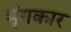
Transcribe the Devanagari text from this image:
भृंगकार